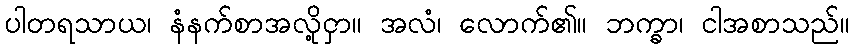
ပါတရသာယ၊ နံနက်စာအလို့ငှာ။ အလံ၊ လောက်၏။ ဘက္ခာ၊ ငါအစာသည်။